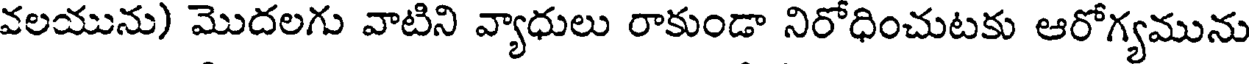
వలయును) మొదలగు వాటిని వ్యాధులు రాకుండా నిరోధించుటకు ఆరోగ్యమును